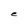
Character: e